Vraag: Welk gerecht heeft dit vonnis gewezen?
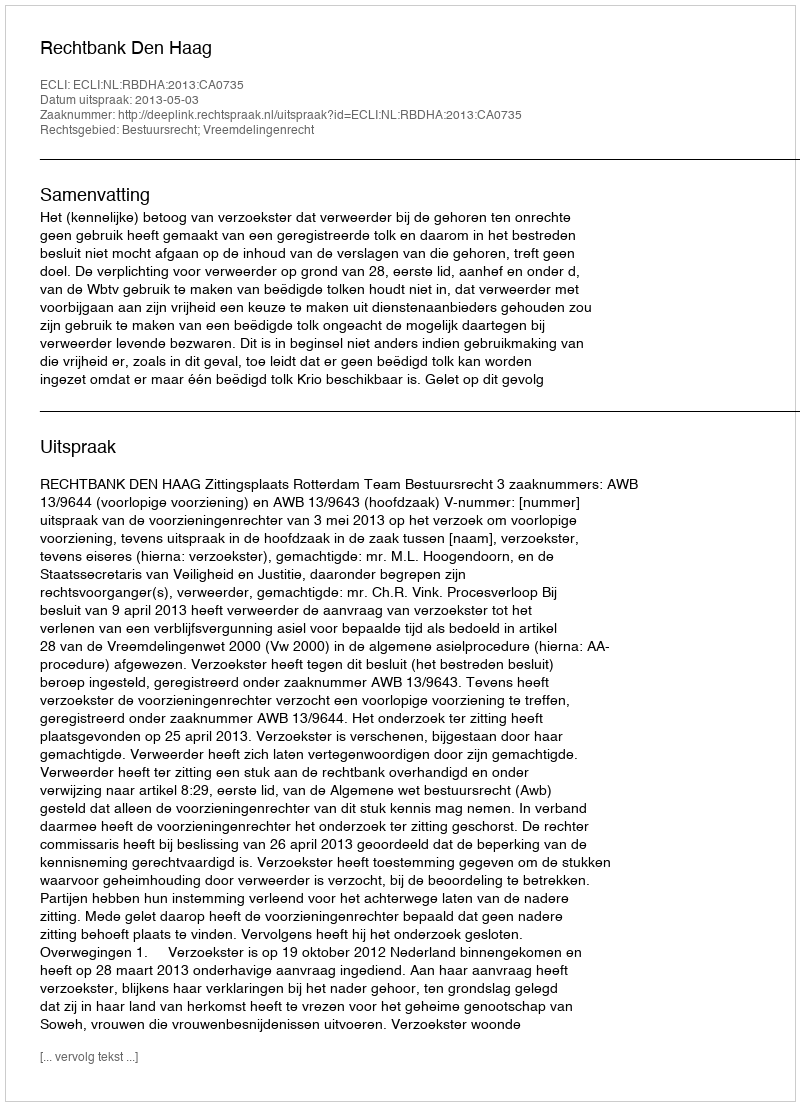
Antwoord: Rechtbank Den Haag